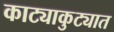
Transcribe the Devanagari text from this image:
काट्याकुट्यात